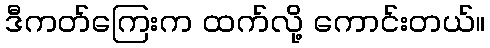
ဒီကတ်ကြေးက ထက်လို့ ကောင်းတယ်။